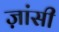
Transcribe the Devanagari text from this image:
ज़ांसी